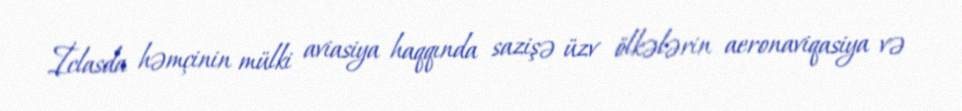
İclasda həmçinin mülki aviasiya haqqında sazişə üzv ölkələrin aeronaviqasiya və